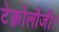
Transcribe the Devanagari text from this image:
टेक्नोलौजी।